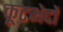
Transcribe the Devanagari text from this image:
कूटभेदों